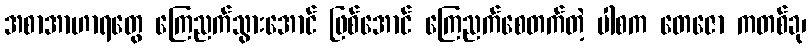
အစာအာဟာရတွေ ကြေညက်သွားအောင် ဖြစ်အောင် ကြေညက်စေတက်တဲ့ ပါစက တေဇော ကတစ်ခု၊